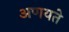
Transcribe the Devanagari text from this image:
अणयते